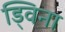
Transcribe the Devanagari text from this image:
ड्विना